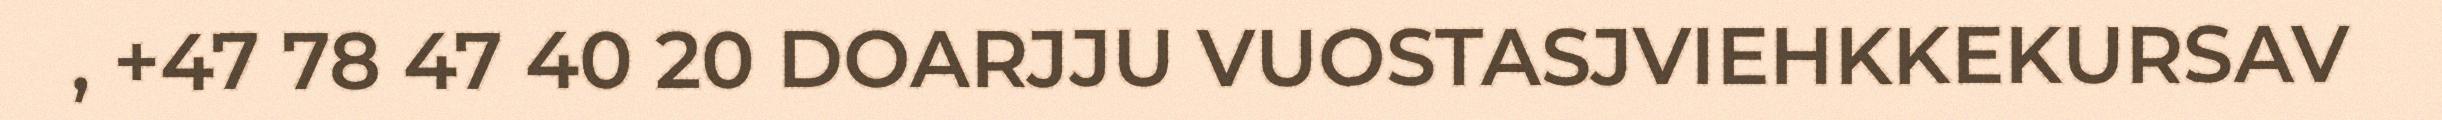
, +47 78 47 40 20 DOARJJU VUOSTASJVIEHKKEKURSAV